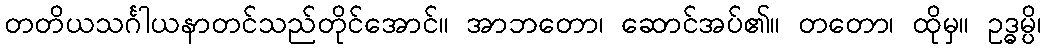
တတိယသင်္ဂါယနာတင်သည်တိုင်အောင်။ အာဘတော၊ ဆောင်အပ်၏။ တတော၊ ထိုမှ။ ဥဒ္ဓမ္ပိ၊